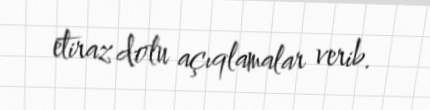
etiraz dolu açıqlamalar verib.